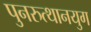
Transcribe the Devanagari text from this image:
पुनरुत्थानयुग